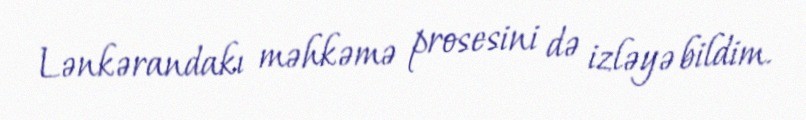
Lənkərandakı məhkəmə prosesini də izləyə bildim.